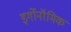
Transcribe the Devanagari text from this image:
इर्गोनॉमिक